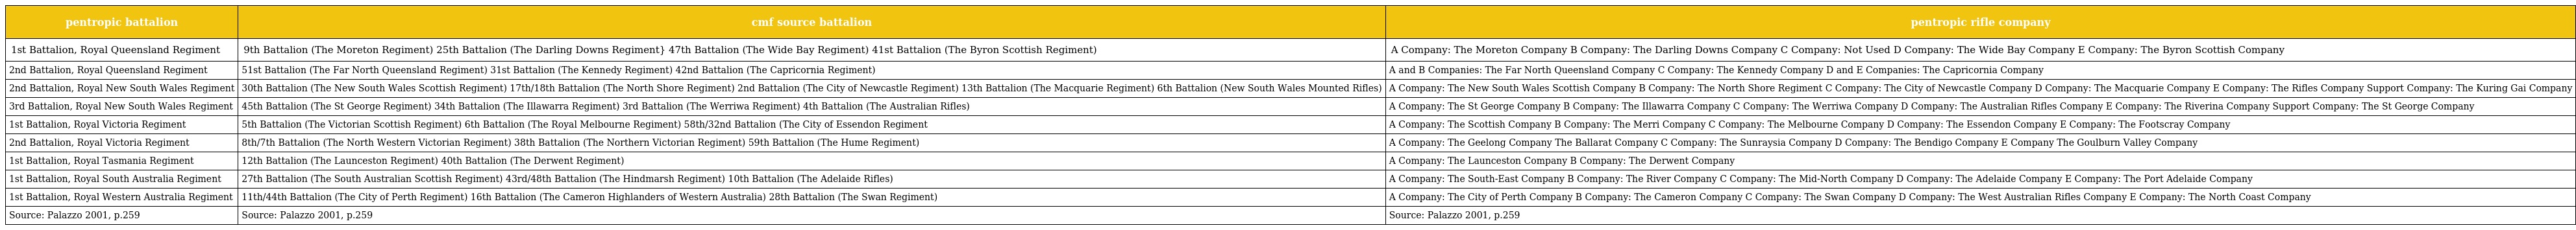
| pentropic battalion | cmf source battalion | pentropic rifle company |
 | --- | --- | --- |
 | 1st Battalion, Royal Queensland Regiment | 9th Battalion (The Moreton Regiment) 25th Battalion (The Darling Downs Regiment} 47th Battalion (The Wide Bay Regiment) 41st Battalion (The Byron Scottish Regiment) | A Company: The Moreton Company B Company: The Darling Downs Company C Company: Not Used D Company: The Wide Bay Company E Company: The Byron Scottish Company |
 | 2nd Battalion, Royal Queensland Regiment | 51st Battalion (The Far North Queensland Regiment) 31st Battalion (The Kennedy Regiment) 42nd Battalion (The Capricornia Regiment) | A and B Companies: The Far North Queensland Company C Company: The Kennedy Company D and E Companies: The Capricornia Company |
 | 2nd Battalion, Royal New South Wales Regiment | 30th Battalion (The New South Wales Scottish Regiment) 17th/18th Battalion (The North Shore Regiment) 2nd Battalion (The City of Newcastle Regiment) 13th Battalion (The Macquarie Regiment) 6th Battalion (New South Wales Mounted Rifles) | A Company: The New South Wales Scottish Company B Company: The North Shore Regiment C Company: The City of Newcastle Company D Company: The Macquarie Company E Company: The Rifles Company Support Company: The Kuring Gai Company |
 | 3rd Battalion, Royal New South Wales Regiment | 45th Battalion (The St George Regiment) 34th Battalion (The Illawarra Regiment) 3rd Battalion (The Werriwa Regiment) 4th Battalion (The Australian Rifles) | A Company: The St George Company B Company: The Illawarra Company C Company: The Werriwa Company D Company: The Australian Rifles Company E Company: The Riverina Company Support Company: The St George Company |
 | 1st Battalion, Royal Victoria Regiment | 5th Battalion (The Victorian Scottish Regiment) 6th Battalion (The Royal Melbourne Regiment) 58th/32nd Battalion (The City of Essendon Regiment | A Company: The Scottish Company B Company: The Merri Company C Company: The Melbourne Company D Company: The Essendon Company E Company: The Footscray Company |
 | 2nd Battalion, Royal Victoria Regiment | 8th/7th Battalion (The North Western Victorian Regiment) 38th Battalion (The Northern Victorian Regiment) 59th Battalion (The Hume Regiment) | A Company: The Geelong Company The Ballarat Company C Company: The Sunraysia Company D Company: The Bendigo Company E Company The Goulburn Valley Company |
 | 1st Battalion, Royal Tasmania Regiment | 12th Battalion (The Launceston Regiment) 40th Battalion (The Derwent Regiment) | A Company: The Launceston Company B Company: The Derwent Company |
 | 1st Battalion, Royal South Australia Regiment | 27th Battalion (The South Australian Scottish Regiment) 43rd/48th Battalion (The Hindmarsh Regiment) 10th Battalion (The Adelaide Rifles) | A Company: The South-East Company B Company: The River Company C Company: The Mid-North Company D Company: The Adelaide Company E Company: The Port Adelaide Company |
 | 1st Battalion, Royal Western Australia Regiment | 11th/44th Battalion (The City of Perth Regiment) 16th Battalion (The Cameron Highlanders of Western Australia) 28th Battalion (The Swan Regiment) | A Company: The City of Perth Company B Company: The Cameron Company C Company: The Swan Company D Company: The West Australian Rifles Company E Company: The North Coast Company |
 | Source: Palazzo 2001, p.259 | Source: Palazzo 2001, p.259 | Source: Palazzo 2001, p.259 |